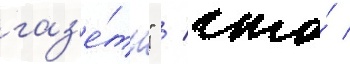
газ'е́ты" / что́ /